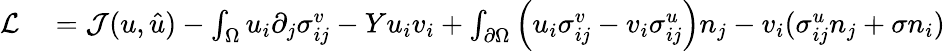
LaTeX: \begin{array}{rl}{\mathcal{L}}&{{}=\mathcal{J}(u,\hat{u})-\int_{\Omega}u_{i}\partial_{j}\sigma_{ij}^{v}-Yu_{i}v_{i}+\int_{\partial\Omega}\left(u_{i}\sigma_{ij}^{v}-v_{i}\sigma_{ij}^{u}\right)n_{j}-v_{i}(\sigma_{ij}^{u}n_{j}+\sigma n_{i})}\end{array}